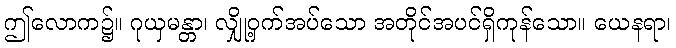
ဤလောက၌။ ဂုယှမန္တာ၊ လျှို့ဝှက်အပ်သော အတိုင်အပင်ရှိကုန်သော။ ယေနရာ၊